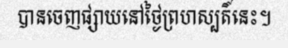
បានចេញផ្សាយនៅថ្ងៃព្រហស្បតិ៍នេះ។